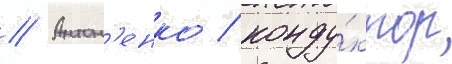
// Антон'енко / конду́ктор